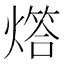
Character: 𤏧